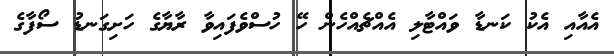
އެއާއި އެކު ކަނޑާ ވައްޓާލި އެއްޗެއްހެން ހޭ ހުސްވެފައިވާ ރާޔާގެ ހަށިގަނޑު ސޯފާގެ